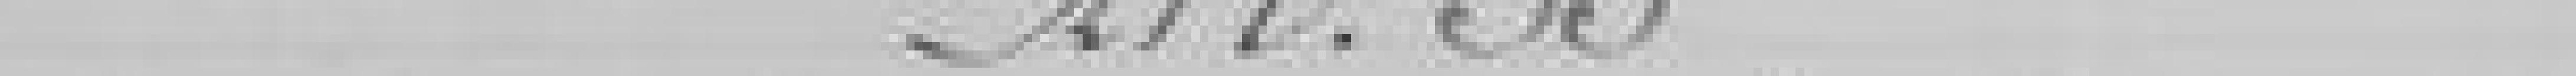
Art. 35.